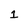
Character: 1